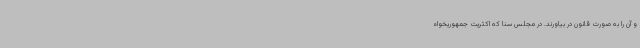
و آن را به صورت قانون در بیاورند. در مجلس سنا که اکثریت جمهوریخواه